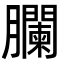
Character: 䑌